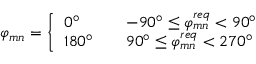
\varphi _ { m n } = \left\{ \begin{array} { l c l } { 0 ^ { \circ } } & { } & { - 9 0 ^ { \circ } \leq \varphi _ { m n } ^ { r e q } < 9 0 ^ { \circ } } \\ { 1 8 0 ^ { \circ } } & { } & { 9 0 ^ { \circ } \leq \varphi _ { m n } ^ { r e q } < 2 7 0 ^ { \circ } } \end{array} \right.